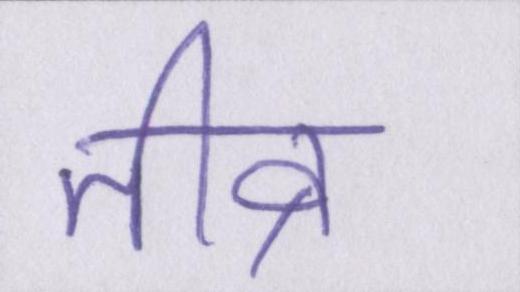
तीव्र